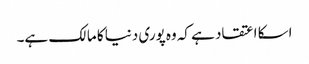
اسکا اعتقاد ہے کہ وه پوری دنیا کا مالک ہے۔